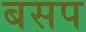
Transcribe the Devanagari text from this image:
बसप